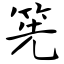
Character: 筅